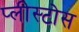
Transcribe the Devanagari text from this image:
प्लीस्टोस